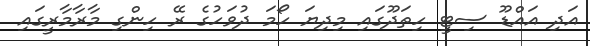
އަދި އައްޑޫ ސިޓީ ހިތަދޫގައި މިދިޔަ ހޯމަ ދުވަހުގެ ރޭ ހިންގި މާރާމާރީގައި